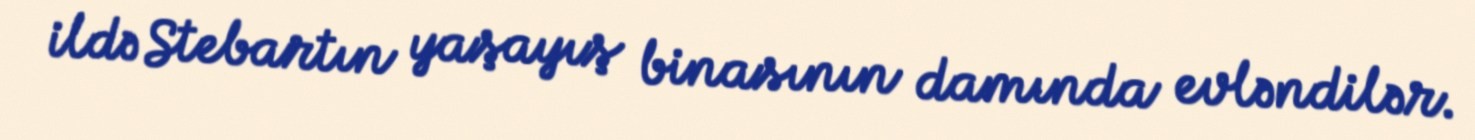
ildə Stebartın yaşayış binasının damında evləndilər.